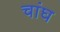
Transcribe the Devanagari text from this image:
चांघ